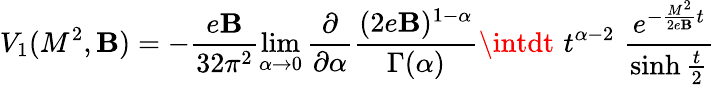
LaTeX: V_{1}(M^{2},\mathbf{B})=-\frac{{e\mathbf{B}}}{{32\pi^{2}}}\operatorname*{lim}_{\alpha\rightarrow0}\frac{{\partial}}{{\partial\alpha}}\frac{{(2e\mathbf{B})^{1-\alpha}}}{{\Gamma(\alpha)}}\intdt\, \, t^{\alpha-2}\, \, \frac{{{e}^{-\frac{{M^{2}}}{{2e\mathbf{B}}}t}}}{{\sinh\frac{{t}}{{2}}}}